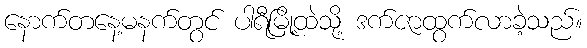
နောက်တနေ့မနက်တွင် ပါရီမြို့ထဲသို့ ဒက်ဇာထွက်လာခဲ့သည်။